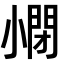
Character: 𡮥